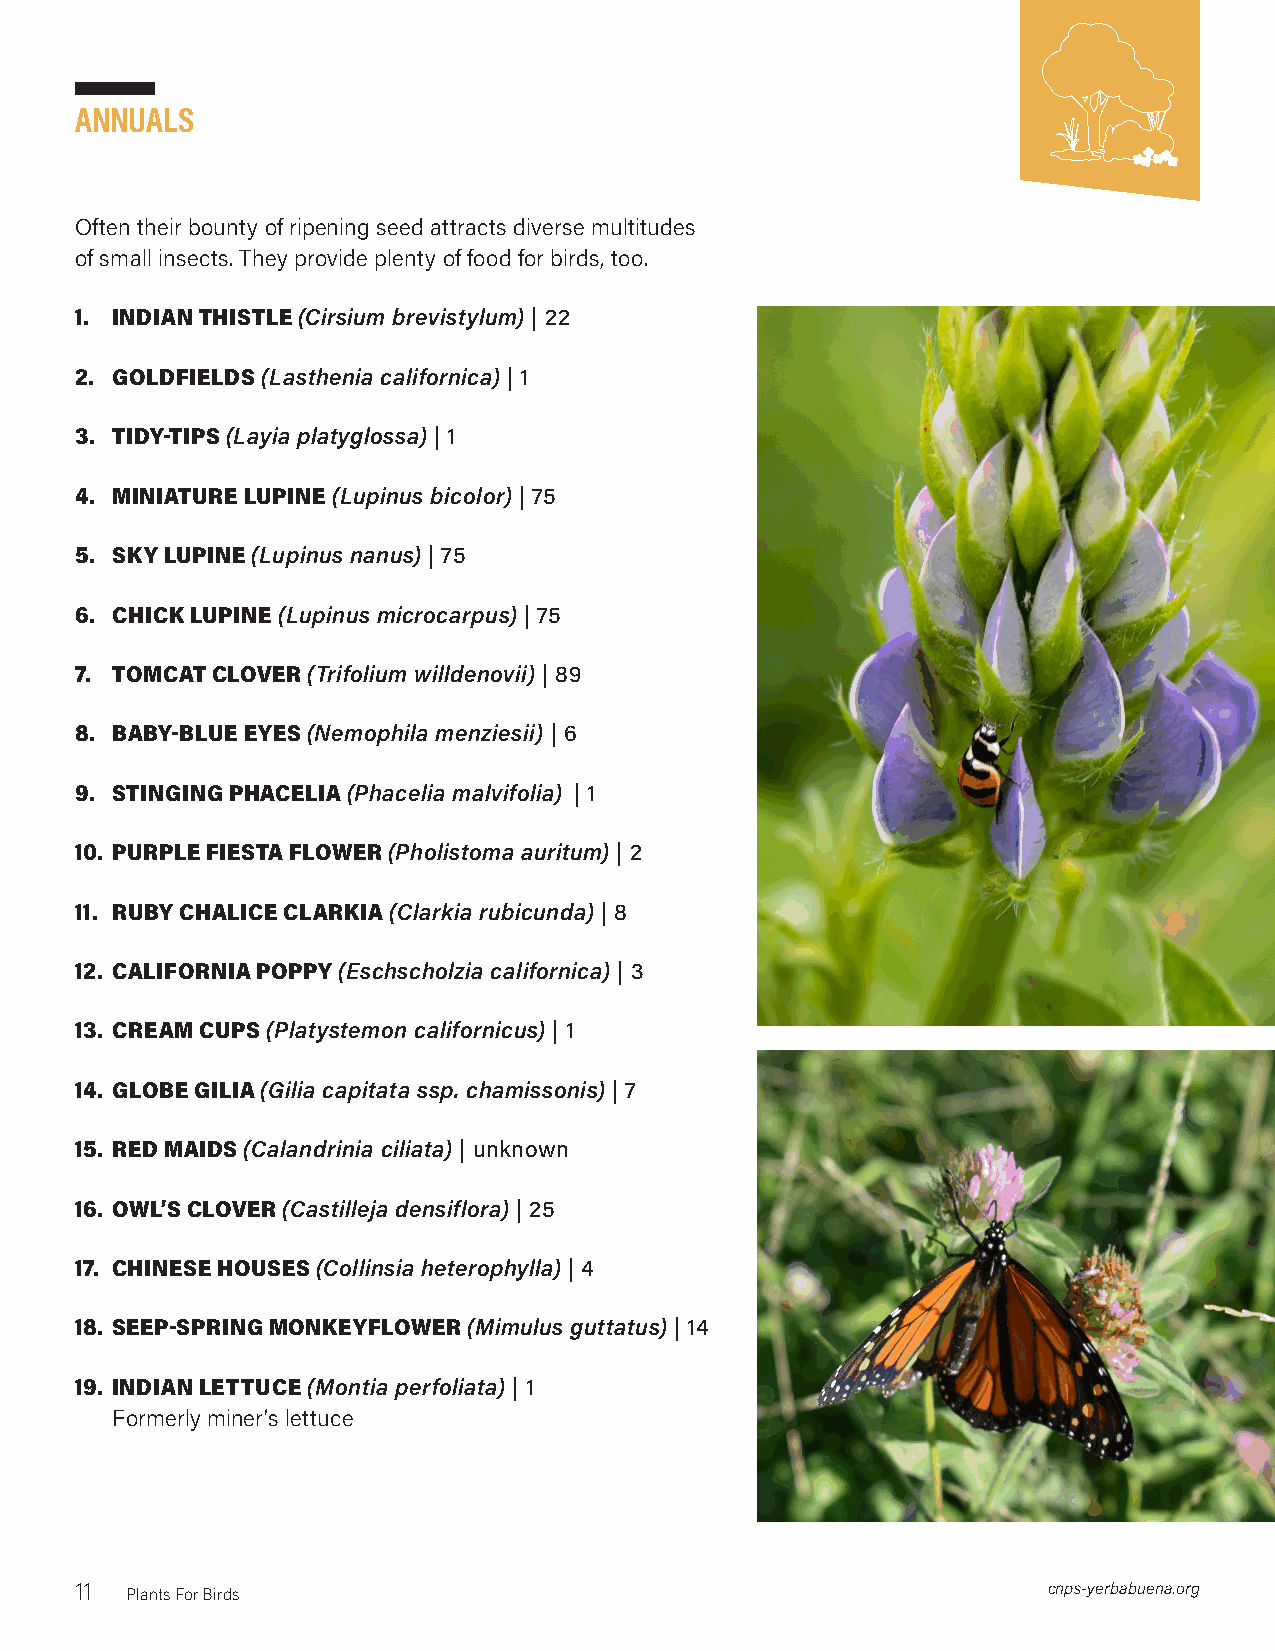
annuals
 Often their bounty of ripening seed attracts diverse multitudes
 of small insects. They provide plenty of food for birds, too.
 1. INDIAN THISTLE (Cirsium brevistylum) | 22
 2. GOLDFIELDS (Lasthenia californica) | 1
 3. TIDY-TIPS (Layia platyglossa) | 1
 4. MINIATURE LUPINE (Lupinus bicolor) | 75
 5. SKY LUPINE (Lupinus nanus) | 75
 6. CHICK LUPINE (Lupinus microcarpus) | 75
 7. TOMCAT CLOVER (Trifolium willdenovii) | 89
 8. BABY-BLUE EYES (Nemophila menziesii) | 6
 9. STINGING PHACELIA (Phacelia malvifolia) | 1
 10. PURPLE FIESTA FLOWER (Pholistoma auritum) | 2
 11. RUBY CHALICE CLARKIA (Clarkia rubicunda) | 8
 12. CALIFORNIA POPPY (Eschscholzia californica) | 3
 13. CREAM CUPS (Platystemon californicus) | 1
 14. GLOBE GILIA (Gilia capitata ssp. chamissonis) | 7
 15. RED MAIDS (Calandrinia ciliata) | unknown
 16. OWL’S CLOVER (Castilleja densiflora) | 25
 17. CHINESE HOUSES (Collinsia heterophylla) | 4
 18. SEEP-SPRING MONKEYFLOWER (Mimulus guttatus) | 14
 19. INDIAN LETTUCE (Montia perfoliata) | 1
 Formerly miner’s lettuce
 11 Plants For Birds                                             cnps-yerbabuena.org